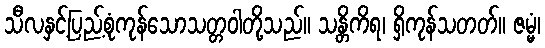
သီလနှင့်ပြည့်စုံကုန်သောသတ္တဝါတို့သည်။ သန္တိကိရ၊ ရှိကုန်သတတ်။ ဇမ္မံ၊